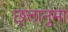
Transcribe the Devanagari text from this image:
छ्त्तानुमा